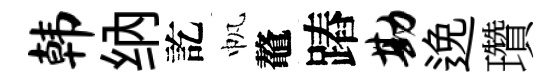
韩纳訖帆鼇蹖勘𨓜瓚